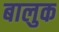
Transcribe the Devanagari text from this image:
बालुक